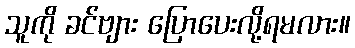
သူကို ခင်ဗျား ပြောပေးလို့ရမလား။